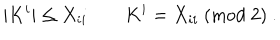
| K ^ { i } | \leq X _ { i i } \qquad K ^ { i } = X _ { i i } \ ( \mathrm { m o d } \ 2 ) \ .